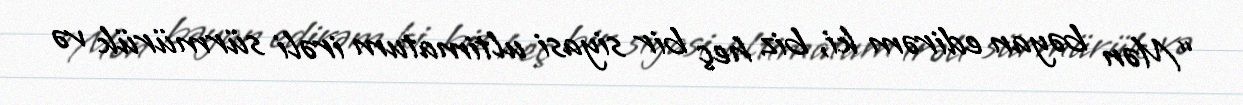
“Mən bəyan edirəm ki, biz heç bir siyasi ultimatum irəli sürmürük və